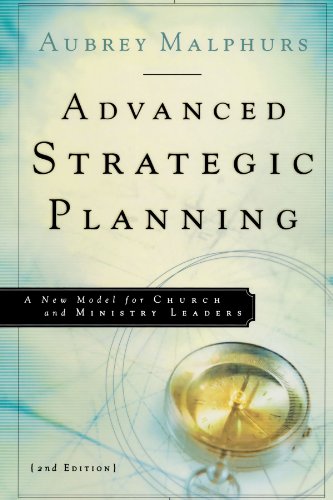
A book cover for Advanced Strategic Planning: A New Model for Church and Ministry Leaders; Aubrey Malphurs; Christian Books & Bibles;